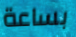
بساعة